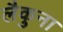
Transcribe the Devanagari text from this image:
लैकुना